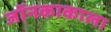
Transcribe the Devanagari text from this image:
जॉनकाकाला